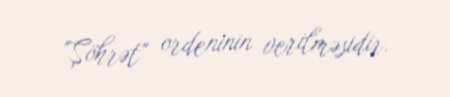
"Şöhrət" ordeninin verilməsidir.